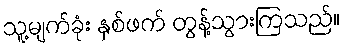
သူ့မျက်ခုံး နှစ်ဖက် တွန့်သွားကြသည်။